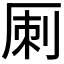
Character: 𠩪